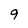
Character: 9